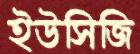
ইউসিজি